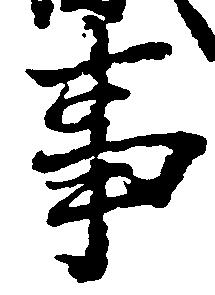
事